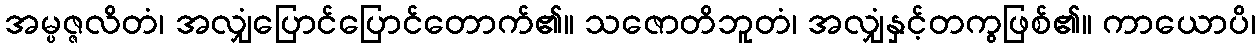
အမ္ပဇ္ဇလိတံ၊ အလျှံပြောင်ပြောင်တောက်၏။ သဇောတိဘူတံ၊ အလျှံနှင့်တကွဖြစ်၏။ ကာယောပိ၊